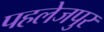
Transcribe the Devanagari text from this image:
पहलेजपुर